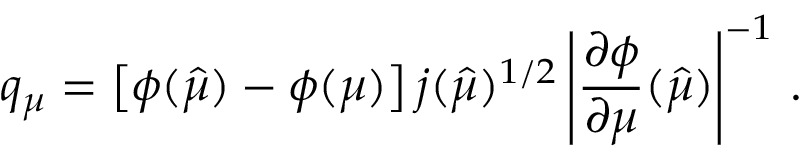
q _ { \mu } = \left[ \phi ( \hat { \mu } ) - \phi ( \mu ) \right] j ( \hat { \mu } ) ^ { 1 / 2 } \left| \frac { \partial \phi } { \partial \mu } ( \hat { \mu } ) \right| ^ { - 1 } \, .